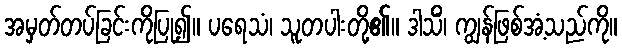
အမှတ်တပ်ခြင်းကိုပြု၍။ ပရေသံ၊ သူတပါးတို့၏။ ဒါသိံ၊ ကျွန်ဖြစ်အံ့သည်ကို။